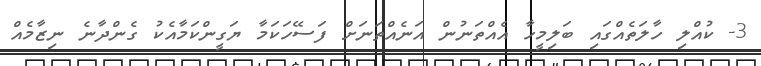
3- ކުއްލި ހާލަތެއްގައި ބަލިމީހާ އެއްތަނުން އަނެއްތަނަށް ފަސޭހަކަމާ ޔަގީންކަމާއެކު ގެންދާނެ ނިޒާމެއް